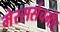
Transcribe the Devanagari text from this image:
मेस्सर्सचमीट